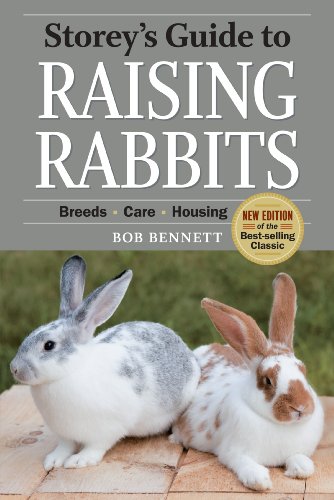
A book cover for Storey's Guide to Raising Rabbits, 4th Edition; Bob Bennett; Crafts, Hobbies & Home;